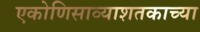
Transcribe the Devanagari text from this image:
एकोणिसाव्याशतकाच्या